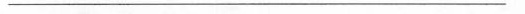
___